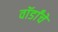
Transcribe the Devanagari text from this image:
वॉर्डांचे